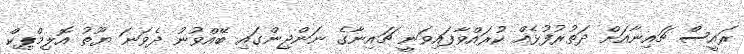
ރައީސް ޗައިނާއަށް ދަތުރުފުޅެއް ކުރައްވާފައިވަނީ ޗައިނާގެ ނަންޖިންގައި ބޭއްވުނު ދެވަނަ ޔޫތު އޮލިމްޕިކް